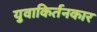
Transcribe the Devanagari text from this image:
युवाकिर्तनकार